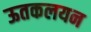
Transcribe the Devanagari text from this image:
ऊतकलयन